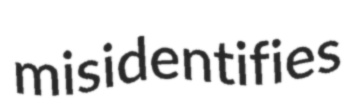
misidentifies